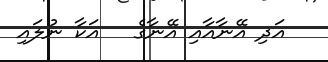
އަދި އޭނާއާއި އޭނާގެ   އަކާ ނުލައި